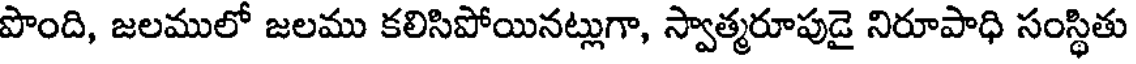
పొంది, జలములో జలము కలిసిపోయినట్లుగా, స్వాత్మరూపుడై నిరూపాధి సంస్థితు